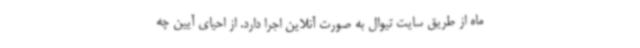
ماه از طریق سایت تیوال به صورت آنلاین اجرا دارد. از احیای آیین چه